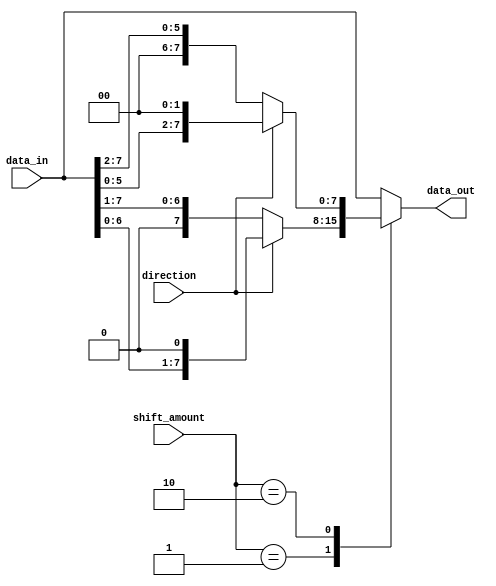
module barrel_shifter(input [7:0] data_in,
                      input [2:0] shift_amount,
                      input direction, // 0 for right shift, 1 for left shift
                      output reg [7:0] data_out);

  always @(*) begin
    case(shift_amount)
      3'b000: data_out <= data_in; // no shift
      3'b001: data_out <= (direction) ? {data_in[6:0], 1'b0} : {1'b0, data_in[7:1]}; // shift by 1
      3'b010: data_out <= (direction) ? {data_in[5:0], 2'b00} : {2'b00, data_in[7:2]}; // shift by 2
      // add more cases for different shift amounts
      default: data_out <= data_in; // no shift by default
    endcase
  end

endmodule